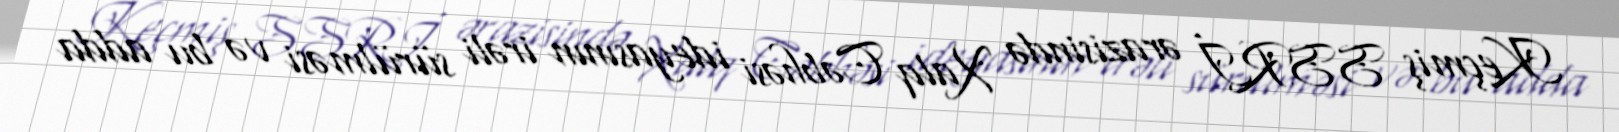
Keçmiş SSRİ ərazisində Xalq Cəbhəsi ideyasının irəli sürülməsi və bu adda